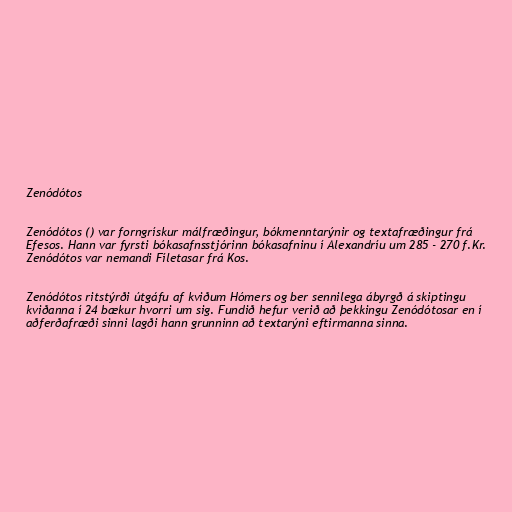
Zenódótos

Zenódótos () var forngrískur málfræðingur, bókmenntarýnir og textafræðingur frá
Efesos. Hann var fyrsti bókasafnsstjórinn bókasafninu í Alexandríu um 285 - 270 f.Kr.
Zenódótos var nemandi Fíletasar frá Kos.

Zenódótos ritstýrði útgáfu af kviðum Hómers og ber sennilega ábyrgð á skiptingu
kviðanna í 24 bækur hvorri um sig. Fundið hefur verið að þekkingu Zenódótosar en í
aðferðafræði sinni lagði hann grunninn að textarýni eftirmanna sinna.